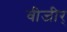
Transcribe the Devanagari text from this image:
वीजीर्